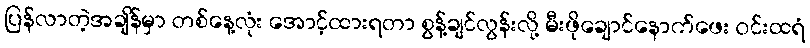
ပြန်လာတဲ့အချိန်မှာ တစ်နေ့လုံး အောင့်ထားရတာ စွန့်ချင်လွန်းလို့ မီးဖိုချောင်နောက်ဖေး ဝင်းထရံ